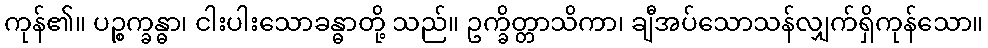
ကုန်၏။ ပဉ္စက္ခန္ဓာ၊ ငါးပါးသောခန္ဓာတို့ သည်။ ဥက္ခိတ္တာသိကာ၊ ချီအပ်သောသန်လျှက်ရှိကုန်သော။